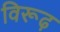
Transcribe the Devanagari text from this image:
विरूढ़